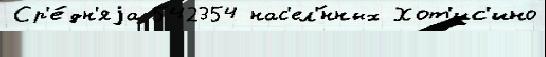
Ср'е́дн'яjа 542354 нас'ел'́нных Хот'ис'ино